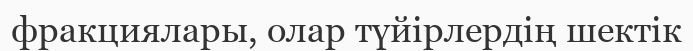
фракциялары, олар түйірлердің шектік